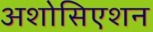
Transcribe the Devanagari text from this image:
अशोसिएशन